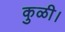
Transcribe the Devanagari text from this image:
कुळी।